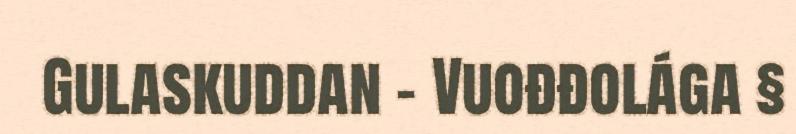
Gulaskuddan – Vuođđolága §